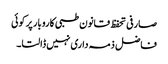
صارفی تحفظ قانون طبی کاروبار پر کوئی
فاضل ذمہ داری نہیں ڈالتا۔